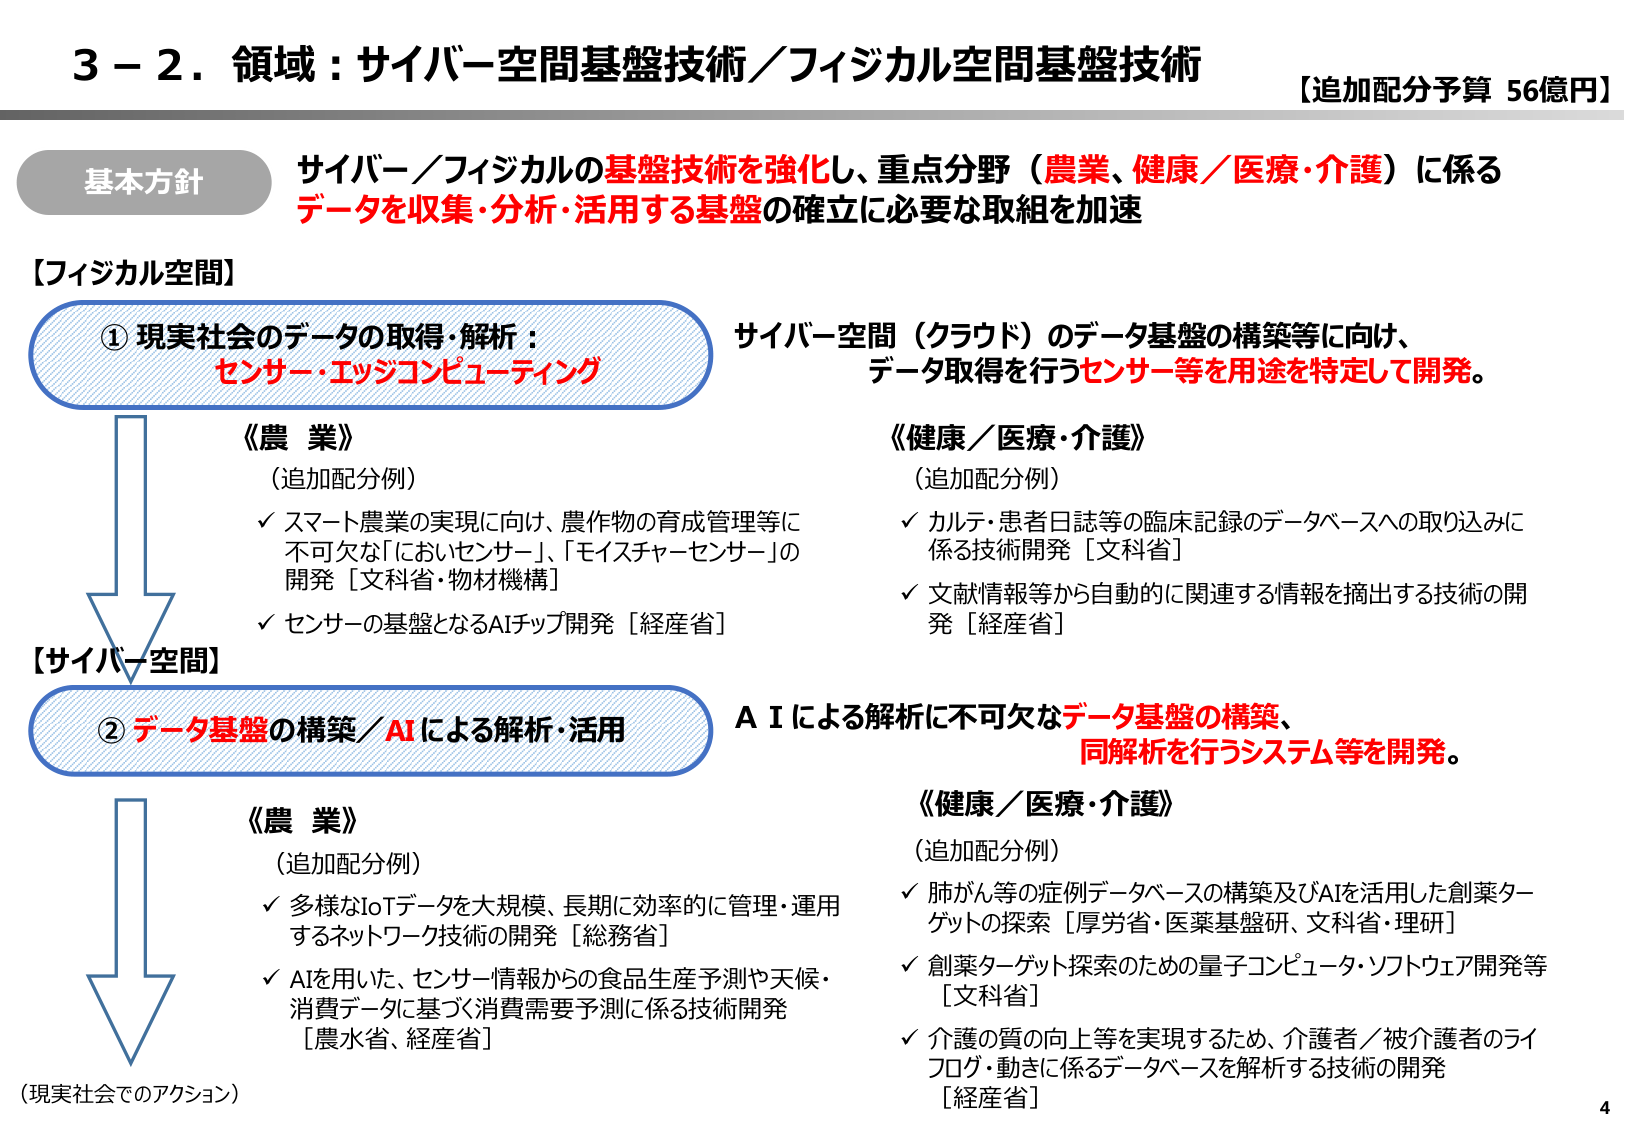
3－2．領域：サイバー空間基盤技術／フィジカル空間基盤技術
【追加配分予算 56億円】

基本方針
サイバー／フィジカルの基盤技術を強化し、重点分野（農業、健康／医療・介護）に係る
データを収集・分析・活用する基盤の確立に必要な取組を加速

【フィジカル空間】
① 現実社会のデータの取得・解析：
センサー・エッジコンピューティング

《農業》
（追加配分例）
✓ スマート農業の実現に向け、農作物の育成管理等に
不可欠な「においセンサー」、「モイスチャーセンサー」の
開発［文科省・物材機構］
✓ センサーの基盤となるAIチップ開発［経産省］

《健康／医療・介護》
（追加配分例）
✓ カルテ・患者日誌等の臨床記録のデータベースへの取り込みに
係る技術開発［文科省］
✓ 文献情報等から自動的に関連する情報を摘出する技術の開発［経産省］

サイバー空間（クラウド）のデータ基盤の構築等に向け、
データ取得を行うセンサー等を用途を特定して開発。

【サイバー空間】
② データ基盤の構築／AIによる解析・活用

《農業》
（追加配分例）
✓ 多様なIoTデータを大規模、長期に効率的に管理・運用
するネットワーク技術の開発［総務省］
✓ AIを用いた、センサー情報からの食品生産予測や天候・
消費データに基づく消費需要予測に係る技術開発
［農水省、経産省］

《健康／医療・介護》
（追加配分例）
✓ 肺がん等の症例データベースの構築及びAIを活用した創薬ターゲットの探索［厚労省・医薬基盤研、文科省・理研］
✓ 創薬ターゲット探索のための量子コンピュータ・ソフトウェア開発等［文科省］
✓ 介護の質の向上等を実現するため、介護者／被介護者のライフログ・動きに係るデータベースを解析する技術の開発［経産省］

AIによる解析に不可欠なデータ基盤の構築、
同解析を行うシステム等を開発。

（現実社会でのアクション）

4